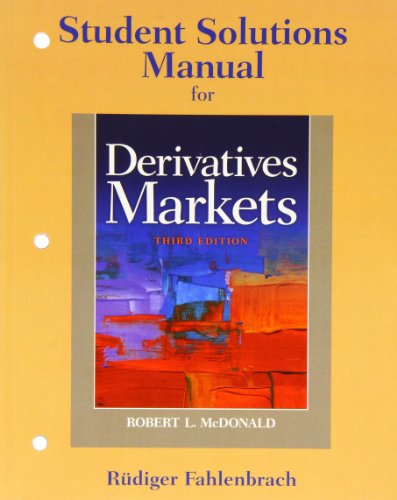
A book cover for Student Solutions Manual for Derivatives Markets; Bob McDonald; Business & Money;